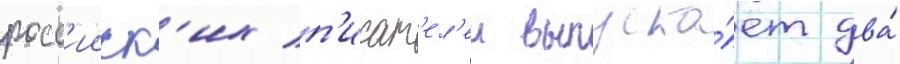
росс'ииск'их п'исат'ел'еи выпуска́ет два́